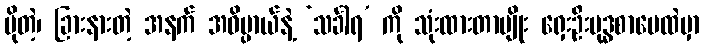
ပိုတဲ့၊ ခြားနားတဲ့ အနက် အဓိပ္ပာယ်နဲ့ ‘သင်္ခါရ’ ကို သုံးထားတာမျိုး ရှေးဦးဗုဒ္ဓစာပေထဲမှာ